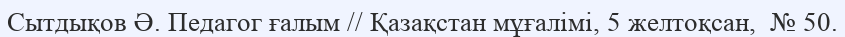
Сытдықов Ә. Педагог ғалым // Қазақстан мұғалімі, 5 желтоқсан,  № 50.